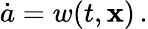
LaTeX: \dot{a}=w(t,\mathbf{x})\, .